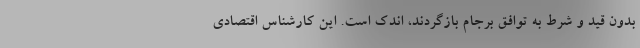
بدون قید و شرط به توافق برجام بازگردند، اندک است. این کارشناس اقتصادی